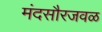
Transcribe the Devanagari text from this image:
मंदसौरजवळ